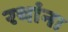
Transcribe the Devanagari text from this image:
रथांना